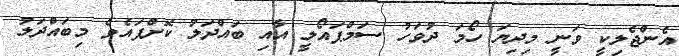
އެންޖެލިކީ ވަނީ މިދިޔަ ހޯމަ ދުވަހު ސަމްޕައޯލީ އާއި ބައްދަލު ކޮށްފައެވެ މިބައްދަލު